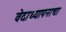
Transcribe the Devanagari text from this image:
वेदाध्यापनाचा